Sanitation, dispensaries and jails vaccination Rajputana 1922-1927 - 1922-1927
Year: 1922
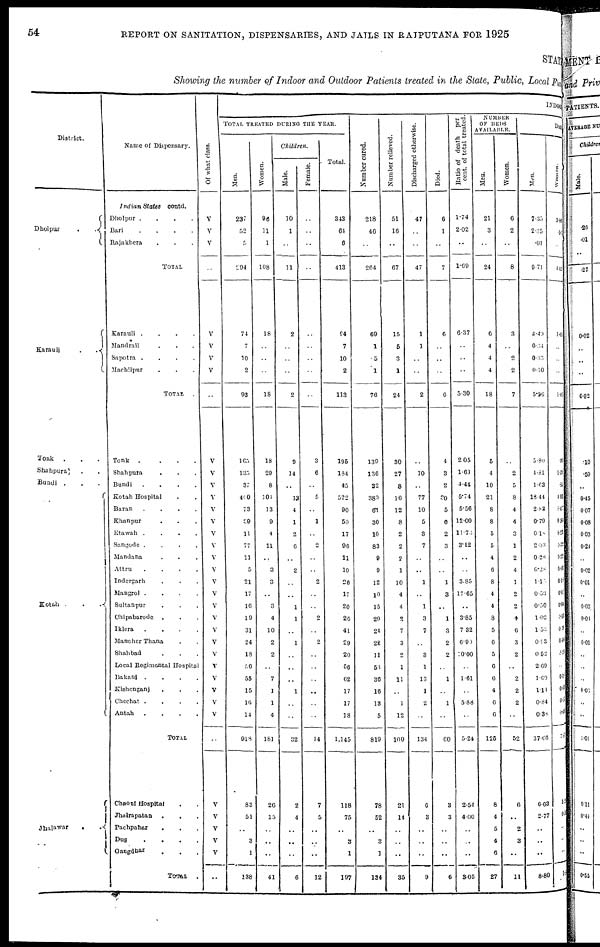
54
REPORT ON SANITATION, DISPENSARIES, AND JAILS IN RAJPUTANA FOR 1925
STATE
Showing the number of Indoor and Outdoor Patients treated in the State, Public, Local Fund
District.
Dholpur
.
.
Karauli
.
Tonk . . .
Shahpura
.
Bundi . . .
Kotah .
.
.
Jhalawar
.
.
Name of Dispensary.
Indian States
contd.
Dholpur .
.
.
.
Bari
.
.
.
.
Rajakhera . . .
TOTAL .
Karauli .
.
.
.
Mandrail . . . .
Sapotra .
.
.
.
Machilpur . . .
TOTAL
.
Tonk
.
.
.
.
Shahpura . . .
Bundi
.
.
.
.
Kotah Hospital . .
Baran
.
.
.
.
Khanpur . . .
Etawah .
.
.
.
Sangode .
.
.
.
Mandana . . .
Attru
.
.
.
.
Indergarh . . .
Mangrol .
.
.
.
Sultanpur . . .
Chipabarode
. . . .
Iklera
.
.
.
.
Manoher Thana . .
Shahbad . .
Local Regimental Hospital
Bakani .
.
.
.
Kishenganj . . .
Chechat .
.
.
.
Antah
.
.
.
.
TOTAL .
Chaoni Hospital . .
Jhalrapatan
.
. .
Pachpahar
. . .
Dug
.
.
.
.
Gangdhar . . .
TOTAL
.
Of what class.
V
V
V
..
V
V
V
V
..
V
V
V
V
V
V
V
V
V
V
V
V
V
V
V
V
V
V
V
V
V
V
..
V
V
V
V
V
..
INDOOR
TOTAL TREATED DURING THE YEAR.
Men.
237
52
5
294
74
7
10
2
93
165
135
37
400
73
39
11
77
11
5
21
17
16
19
31
24
18
56
55
15
16
14
918
83
51
..
3
1
138
Women.
96
11
1
108
18
..
..
..
18
18
29
8
104
13
9
4
11
..
3
3
..
3
4
10
2
2
..
7
1
1
4
181
26
15
..
..
..
41
Children.
Male.
10
1
..
11
2
..
..
..
2
9
14
..
13
4
1
2
6
..
2
..
..
1
1
..
1
..
..
..
1
..
..
32
2
4
..
..
..
6
Female.
..
..
..
..
..
..
..
..
..
3
6
..
5
..
1
..
2
..
..
2
..
..
2
..
2
..
..
..
..
..
..
14
7
5
..
..
..
12
Total.
343
64
6
413
94
7
10
2
113
195
184
45
522
90
50
17
96
11
10
26
17
20
26
41
29
20
56
62
17
17
18
1,145
118
75
..
3
1
197
Number cured.
218
46
..
264
69
1
5
1
76
139
136
32
389
61
30
10
83
9
9
12
10
15
20
24
22
11
53
36
16
13
5
819
78
52
..
3
1
134
Number relieved.
51
16
..
67
15
5
3
1
24
30
27
8
16
12
8
2
2
2
1
10
4
4
2
7
3
2
1
11
..
1
12
100
21
14
..
..
..
35
Discharged otherwise.
47
..
..
47
1
1
..
..
2
..
10
..
77
10
5
3
7
..
..
1
..
1
3
7
..
3
1
13
1
2
..
134
6
3
..
..
..
9
Died.
6
1
..
7
6
..
..
..
6
4
3
2
30
5
6
2
3
..
..
1
3
..
1
3
2
2
..
1
..
1
..
60
3
3
..
..
..
6
Ratio of death
per
cent. of total treated.
1.74
2.02
..
1.69
6.37
..
..
..
5.30
2.05
1.63
4.44
5.74
5.56
12.00
11.75
3.12
..
..
3.85
17.65
..
3.85
7.32
6.90
10.00
..
1.61
..
5.88
..
5.24
2.54
4.00
..
..
..
3.05
NUMBER
OF BEDS
AVAILABLE.
Men.
21
3
..
24
6
4
4
4
18
5
4
10
21
8
8
5
5
4
6
8
4
4
8
5
6
5
6
6
4
6
6
125
8
4
5
4
6
27
Women.
6
2
..
8
3
..
2
2
7
..
2
5
8
4
4
3
1
2
4
1
2
2
4
6
3
2
..
2
2
2
..
52
6
..
2
3
..
11
DAILY
Men.
7.35
2.35
.01
9.71
4.49
0.34
0.33
0.10
5.26
5.80
4.81
1.63
18.44
2.83
0.79
0.18
2.03
0.28
0.28
1.15
0.53
0.50
1.02
1.52
0.93
0.52
2.69
1.69
1.14
0.84
0.38
37.66
6.03
2.77
..
..
..
8.80
Women.
3.88
.55
..
4.42
1.05
..
..
..
1.05
.30
1.35
.36
4.93
0.47
0.20
0.23
0.32
0.22
0.03
0.18
0.02
0.04
0.13
0. 31
0.06
0.24
..
0.18
0. 05
0.03
0.03
7.85
1.23
0.53
..
..
..
1.53